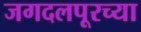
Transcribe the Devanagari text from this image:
जगदलपूरच्या